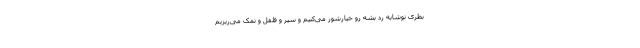
بطری نوشابه رد بشه رو خیارشور می‌کنیم و سیر و فلفل و نمک می‌ریزیم